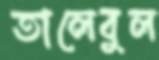
তালেবুল